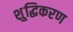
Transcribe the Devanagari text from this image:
शु्द्धिकरण